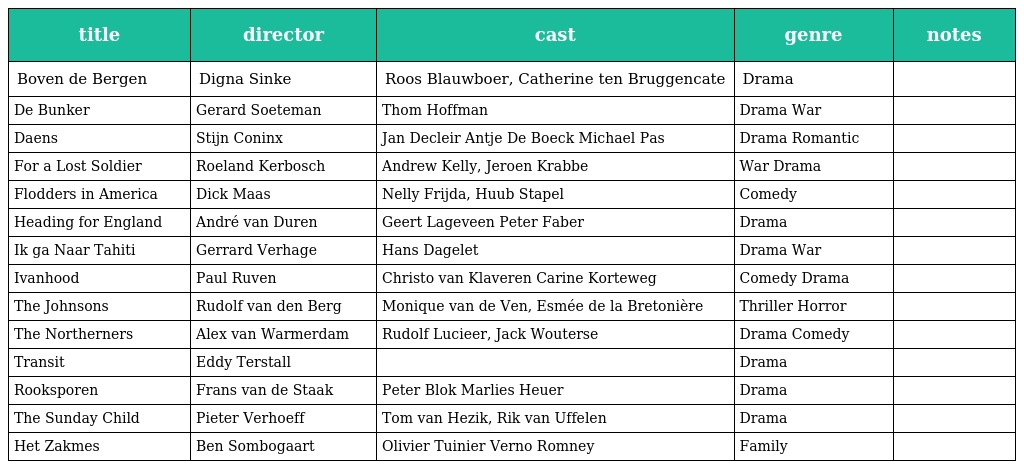
| title | director | cast | genre | notes |
 | --- | --- | --- | --- | --- |
 | Boven de Bergen | Digna Sinke | Roos Blauwboer, Catherine ten Bruggencate | Drama |  |
 | De Bunker | Gerard Soeteman | Thom Hoffman | Drama War |  |
 | Daens | Stijn Coninx | Jan Decleir Antje De Boeck Michael Pas | Drama Romantic |  |
 | For a Lost Soldier | Roeland Kerbosch | Andrew Kelly, Jeroen Krabbe | War Drama |  |
 | Flodders in America | Dick Maas | Nelly Frijda, Huub Stapel | Comedy |  |
 | Heading for England | André van Duren | Geert Lageveen Peter Faber | Drama |  |
 | Ik ga Naar Tahiti | Gerrard Verhage | Hans Dagelet | Drama War |  |
 | Ivanhood | Paul Ruven | Christo van Klaveren Carine Korteweg | Comedy Drama |  |
 | The Johnsons | Rudolf van den Berg | Monique van de Ven, Esmée de la Bretonière | Thriller Horror |  |
 | The Northerners | Alex van Warmerdam | Rudolf Lucieer, Jack Wouterse | Drama Comedy |  |
 | Transit | Eddy Terstall |  | Drama |  |
 | Rooksporen | Frans van de Staak | Peter Blok Marlies Heuer | Drama |  |
 | The Sunday Child | Pieter Verhoeff | Tom van Hezik, Rik van Uffelen | Drama |  |
 | Het Zakmes | Ben Sombogaart | Olivier Tuinier Verno Romney | Family |  |